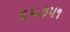
૬૫૭૫૧